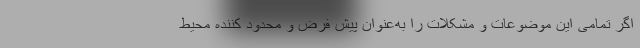
اگر تمامی این موضوعات و مشکلات را به‌عنوان پیش فرض و محدود کننده محیط